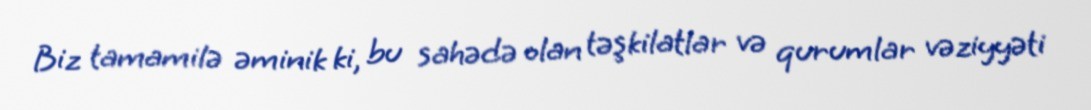
Biz tamamilə əminik ki, bu sahədə olan təşkilatlar və qurumlar vəziyyəti